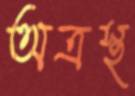
অত্রস্থ